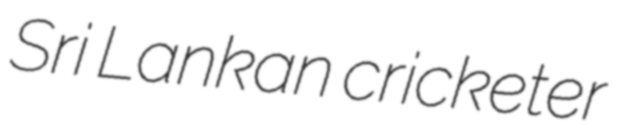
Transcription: Sri Lankan cricketer